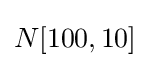
N[100,10]